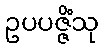
ဥပပဇ္ဇိံသု